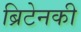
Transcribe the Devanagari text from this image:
ब्रिटेनकी